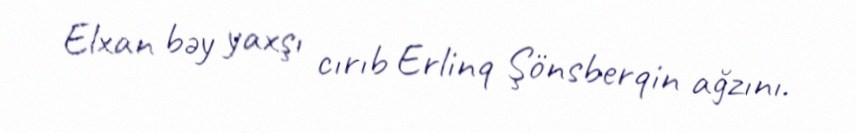
Elxan bəy yaxşı cırıb Erlinq Şönsberqin ağzını.